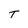
Character: T